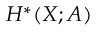
H ^ { * } ( X ; A )